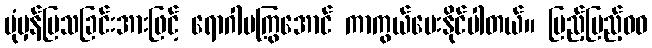
ပုံမှန်ပြသခြင်းအားဖြင့် ရောဂါမကြွအောင် ကာကွယ်ပေးနိုင်ပါတယ်။ ပြည့်ပြည့်ဝဝ